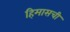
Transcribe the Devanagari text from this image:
हिमासची